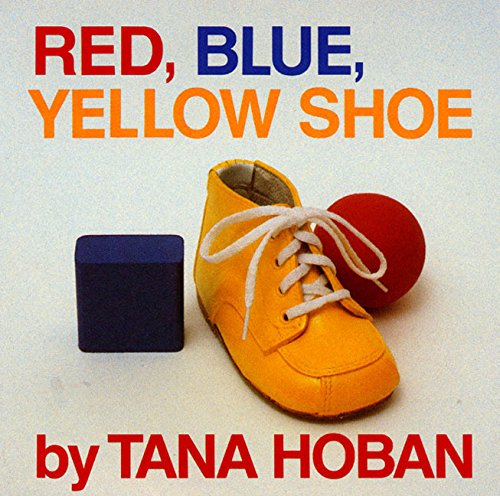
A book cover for Red, Blue, Yellow Shoe; Tana Hoban; Science & Math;